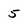
Character: 5